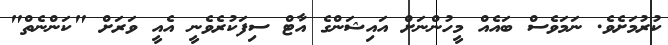
ކުރުމަށެވެ. ނަމަވެސް ބައެއް މީހުންނަށް އައިޝަންގެ އާޓް ސިފަކުރެވެނީ އެއީ ވަރަށް "ކަންނެތް"